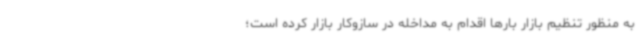
به منظور تنظیم بازار بارها اقدام به مداخله در سازوکار بازار کرده است؛